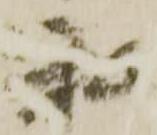
私